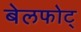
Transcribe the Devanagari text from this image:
बेलफोट्